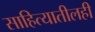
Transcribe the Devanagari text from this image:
साहित्यातीलही